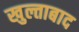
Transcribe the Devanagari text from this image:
खुल्ताबाद